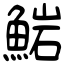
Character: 𩸶